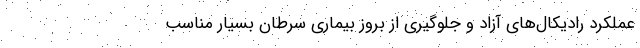
عملکرد رادیکال‌های آزاد و جلوگیری از بروز بیماری سرطان بسیار مناسب